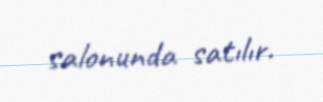
salonunda satılır.